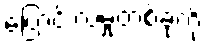
ပြောင်းလဲမှုတစ်ခုကို